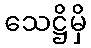
သေဋ္ဌိမှိ